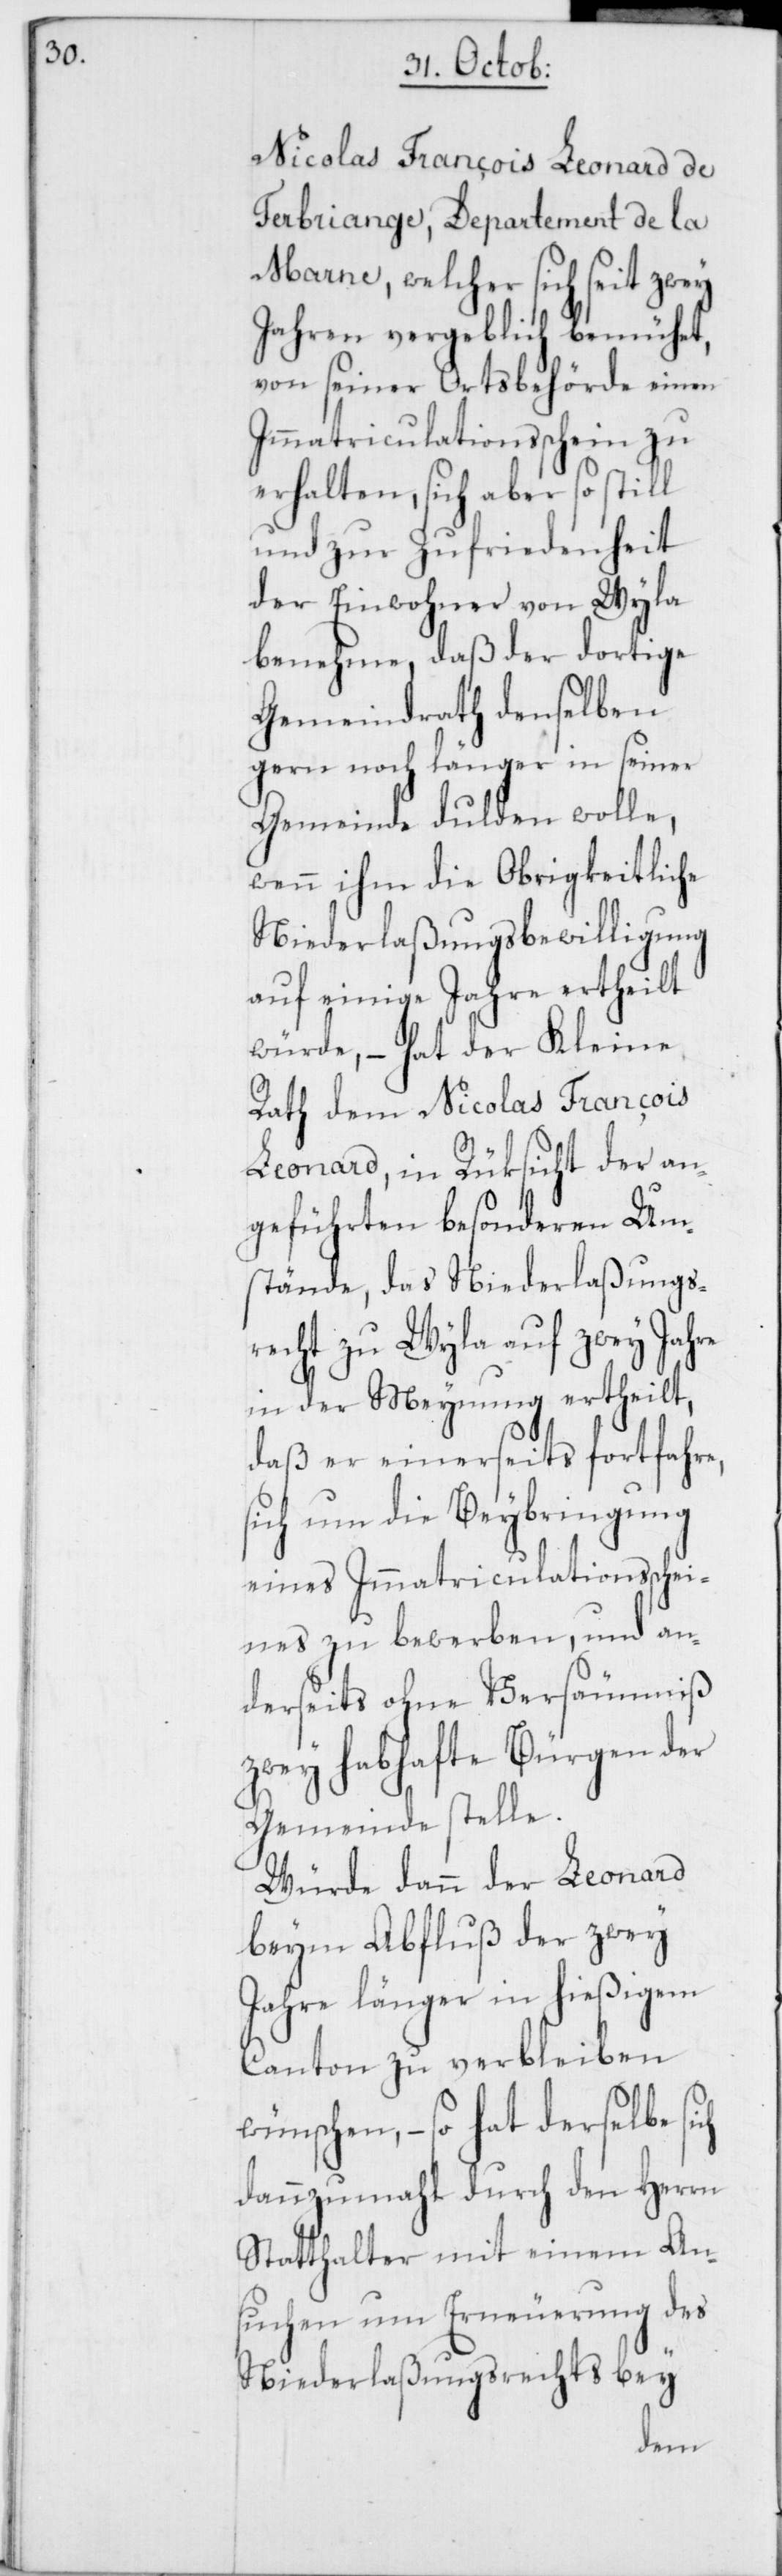
Nicolas François Leonard de
Ferbriange, Departement de la
Marne, welcher sich seit zwey
Jahren vergeblich bemühet,
von seiner Ortsbehörde einen
Immatriculationsschein zu
erhalten, sich aber so still
und zur Zufriedenheit
der Einwohner von Wyla
benehme, daß der dortige
Gemeindrath denselben
gern noch länger in seiner
Gemeinde dulden wolle,
wenn ihm die obrigkeitliche
Niederlaßungsbewilligung
auf einige Jahre ertheilt
würde, – hat der Kleine
Rath dem Nicolas François
Leonard, in Rüksicht der an¬
geführten besonderen Um¬
stände, das Niederlaßungs¬
recht zu Wyla auf zwey Jahre
in der Meynung ertheilt,
daß er einerseits fortfahre,
sich um die Beybringung
eines Immatriculationsschei¬
nes zu bewerben, und an¬
derseits ohne Versäumniß
zwey habhafte Bürgen der
Gemeinde stelle.
Würde dann der Leonard
beym Abfluß der zwey
Jahre länger in hießigem
Canton zu verbleiben
wünschen, – so hat derselbe sich
dannzumahl durch den Herrn
Statthalter mit einem An¬
suchen um Erneuerung des
Niederlaßungsrechts bey